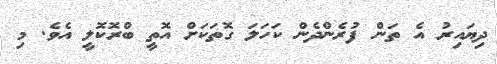
ދިޔައިރު އެ ތަން ފުރެންދެން ކަހަލަ ގޮތަކަށް އޮތީ ބްރޮކޮލީ އެވެ. މި